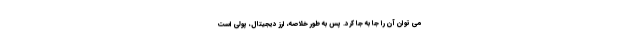
می توان آن را جا به جا کرد. پس به طور خلاصه، ارز دیجیتال، پولی است